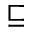
\sqsubseteq